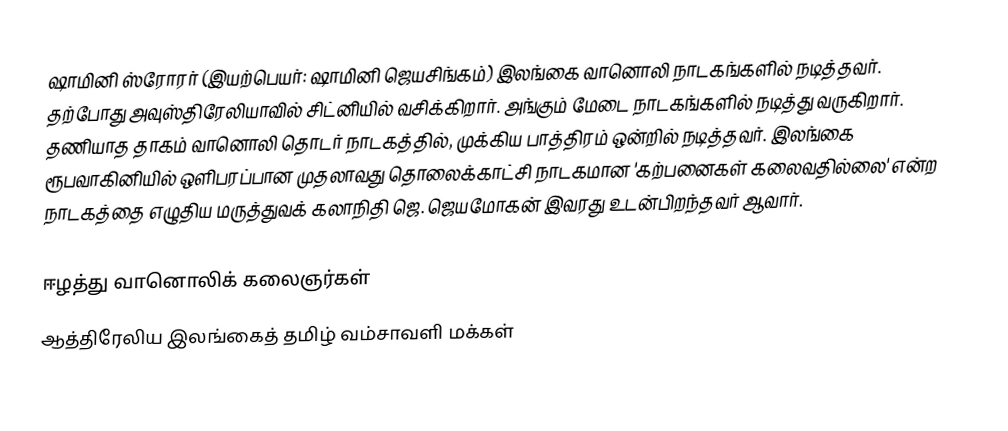
ஷாமினி ஸ்ரோரர் (இயற்பெயர்: ஷாமினி ஜெயசிங்கம்) இலங்கை வானொலி நாடகங்களில் நடித்தவர். தற்போது அவுஸ்திரேலியாவில் சிட்னியில் வசிக்கிறார். அங்கும் மேடை நாடகங்களில் நடித்து வருகிறார். தணியாத தாகம் வானொலி தொடர் நாடகத்தில், முக்கிய பாத்திரம் ஒன்றில் நடித்தவர். இலங்கை ரூபவாகினியில் ஒளிபரப்பான முதலாவது தொலைக்காட்சி நாடகமான 'கற்பனைகள் கலைவதில்லை' என்ற நாடகத்தை எழுதிய மருத்துவக் கலாநிதி ஜெ. ஜெயமோகன் இவரது உடன்பிறந்தவர் ஆவார்.

ஈழத்து வானொலிக் கலைஞர்கள்
ஆத்திரேலிய இலங்கைத் தமிழ் வம்சாவளி மக்கள்